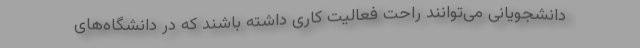
دانشجویانی می‌توانند راحت فعالیت کاری داشته باشند که در دانشگاه‌های